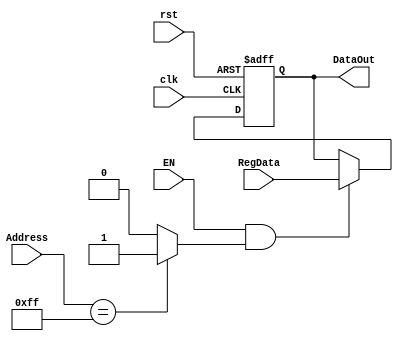
module ParallelOut (
    input wire clk, rst, EN,
    input wire [7:0] RegData, Address,
	 output reg [7:0] DataOut
);

wire choice, En;

	assign choice = (Address == 8'hFF) ? 1'b1 : 1'b0; 
	assign En = EN & choice;

always @(posedge clk or negedge rst) //reset esta de forma assincrona
begin
    if (~rst)
			 //como em verilog no permite fazermos diretamente  "registers <= 8'b0;" ento fiz um lao para atribuir 0 a cada elemento do vetor.
				DataOut <= 8'b0000_0000;
    else if (En)
				DataOut <= RegData;

end


endmodule